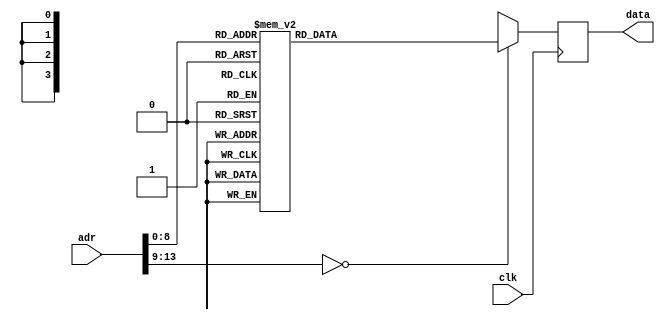
module ukprom(clk, adr, data);
	input clk;
	input [13:0] adr;
	output [3:0] data;
	reg [3:0] data; 
	always @(posedge clk) begin
		case (adr)
								  // cstart:
			10'h000: data = 4'h1; // 	ldi	9
			10'h001: data = 4'h9;
			10'h002: data = 4'h0;
			10'h003: data = 4'h0;
								  // cstart2:
			10'h004: data = 4'he; // 	wait
			10'h005: data = 4'h9; // 	bc	connected
			10'h006: data = 4'ha;
			10'h007: data = 4'h1;
			10'h008: data = 4'h8; // 	bz	cstart
			10'h009: data = 4'h0;
			10'h00a: data = 4'h0;
			10'h00b: data = 4'h1; // 	ldi	200
			10'h00c: data = 4'h8;
			10'h00d: data = 4'hc;
			10'h00e: data = 4'h0;
			10'h00f: data = 4'h0;
								  // w200ms:
			10'h010: data = 4'he; // 	wait
			10'h011: data = 4'hb; // 	djnz	w200ms
			10'h012: data = 4'h4;
			10'h013: data = 4'h0;
			10'h014: data = 4'h4; // 	out0
			10'h015: data = 4'h1; // 	ldi	10
			10'h016: data = 4'ha;
			10'h017: data = 4'h0;
								  // busrstlp:
			10'h018: data = 4'he; // 	wait
			10'h019: data = 4'hb; // 	djnz	busrstlp
			10'h01a: data = 4'h6;
			10'h01b: data = 4'h0;
			10'h01c: data = 4'h5; // 	hiz
			10'h01d: data = 4'h1; // 	ldi	40
			10'h01e: data = 4'h8;
			10'h01f: data = 4'h2;
								  // w40ms:
			10'h020: data = 4'he; // 	wait
			10'h021: data = 4'h3; // 	out4 0x03
			10'h022: data = 4'h3;
			10'h023: data = 4'h0;
			10'h024: data = 4'h5; // 	hiz
			10'h025: data = 4'hb; // 	djnz	w40ms
			10'h026: data = 4'h8;
			10'h027: data = 4'h0;
			10'h028: data = 4'he; // 	wait
			10'h029: data = 4'hf; // 	jmp  setadr1
			10'h02a: data = 4'h4;
			10'h02b: data = 4'h2;
			10'h02c: data = 4'h0;
			10'h02d: data = 4'h5; // 	hiz
			10'h02e: data = 4'hf; // 	jmp  rcvdt
			10'h02f: data = 4'h0;
			10'h030: data = 4'h4;
			10'h031: data = 4'h0;
			10'h032: data = 4'h0;
			10'h033: data = 4'h0;
								  // sendinlp:
			10'h034: data = 4'hf; // 	jmp  in00
			10'h035: data = 4'h5;
			10'h036: data = 4'h4;
			10'h037: data = 4'h0;
			10'h038: data = 4'h5; // 	hiz
			10'h039: data = 4'hf; // 	jmp  rcvdt
			10'h03a: data = 4'h0;
			10'h03b: data = 4'h4;
			10'h03c: data = 4'h0;
			10'h03d: data = 4'ha; // 	bnak	sendinlp
			10'h03e: data = 4'hd;
			10'h03f: data = 4'h0;
			10'h040: data = 4'hf; // 	jmp  sendack
			10'h041: data = 4'h1;
			10'h042: data = 4'h5;
			10'h043: data = 4'h0;
			10'h044: data = 4'h5; // 	hiz
			10'h045: data = 4'he; // 	wait
			10'h046: data = 4'hf; // 	jmp  setconfig1
			10'h047: data = 4'h2;
			10'h048: data = 4'h3;
			10'h049: data = 4'h0;
			10'h04a: data = 4'h5; // 	hiz
			10'h04b: data = 4'hf; // 	jmp  rcvdt
			10'h04c: data = 4'h0;
			10'h04d: data = 4'h4;
			10'h04e: data = 4'h0;
			10'h04f: data = 4'h0;
								  // in10lp:
			10'h050: data = 4'hf; // 	jmp  in10
			10'h051: data = 4'h9;
			10'h052: data = 4'h4;
			10'h053: data = 4'h0;
			10'h054: data = 4'h5; // 	hiz
			10'h055: data = 4'hf; // 	jmp  	rcvdt
			10'h056: data = 4'h0;
			10'h057: data = 4'h4;
			10'h058: data = 4'h0;
			10'h059: data = 4'ha; // 	bnak	in10lp
			10'h05a: data = 4'h4;
			10'h05b: data = 4'h1;
			10'h05c: data = 4'hf; // 	jmp sendack
			10'h05d: data = 4'h1;
			10'h05e: data = 4'h5;
			10'h05f: data = 4'h0;
			10'h060: data = 4'h5; // 	hiz
			10'h061: data = 4'hc; // 	toggle
			10'h062: data = 4'hf; // 	jmp  cstart
			10'h063: data = 4'h0;
			10'h064: data = 4'h0;
			10'h065: data = 4'h0;
			10'h066: data = 4'h0;
			10'h067: data = 4'h0;
								  // connected:
			10'h068: data = 4'h8; // 	bz	connerr
			10'h069: data = 4'h2;
			10'h06a: data = 4'h2;
			10'h06b: data = 4'h3; // 	out4 0x03
			10'h06c: data = 4'h3;
			10'h06d: data = 4'h0;
			10'h06e: data = 4'h5; // 	hiz
			10'h06f: data = 4'hb; // 	djnz	cstart2
			10'h070: data = 4'h1;
			10'h071: data = 4'h0;
			10'h072: data = 4'he; // 	wait
			10'h073: data = 4'hf; // 	jmp  in11
			10'h074: data = 4'hd;
			10'h075: data = 4'h4;
			10'h076: data = 4'h0;
			10'h077: data = 4'h5; // 	hiz
			10'h078: data = 4'hf; // 	jmp  rcvdt
			10'h079: data = 4'h0;
			10'h07a: data = 4'h4;
			10'h07b: data = 4'h0;
			10'h07c: data = 4'ha; // 	bnak	cstart
			10'h07d: data = 4'h0;
			10'h07e: data = 4'h0;
			10'h07f: data = 4'hf; // 	jmp  sendack
			10'h080: data = 4'h1;
			10'h081: data = 4'h5;
			10'h082: data = 4'h0;
			10'h083: data = 4'h5; // 	hiz
			10'h084: data = 4'hf; // 	jmp  cstart
			10'h085: data = 4'h0;
			10'h086: data = 4'h0;
			10'h087: data = 4'h0;
								  // connerr:
			10'h088: data = 4'hc; // 	toggle
			10'h089: data = 4'hf; // 	jmp  cstart
			10'h08a: data = 4'h0;
			10'h08b: data = 4'h0;
			10'h08c: data = 4'h0;
			10'h08d: data = 4'h0;
			10'h08e: data = 4'h0;
			10'h08f: data = 4'h0;
								  // setadr1:
			10'h090: data = 4'h6; // 	outb 0x80
			10'h091: data = 4'h0;
			10'h092: data = 4'h8;
			10'h093: data = 4'h6; // 	outb 0x2d
			10'h094: data = 4'hd;
			10'h095: data = 4'h2;
			10'h096: data = 4'h6; // 	outb 0x00
			10'h097: data = 4'h0;
			10'h098: data = 4'h0;
			10'h099: data = 4'h6; // 	outb 0x10
			10'h09a: data = 4'h0;
			10'h09b: data = 4'h1;
			10'h09c: data = 4'h3; // 	out4 0x03
			10'h09d: data = 4'h3;
			10'h09e: data = 4'h0;
			10'h09f: data = 4'h6; // 	outb 0x80
			10'h0a0: data = 4'h0;
			10'h0a1: data = 4'h8;
			10'h0a2: data = 4'h6; // 	outb 0xc3
			10'h0a3: data = 4'h3;
			10'h0a4: data = 4'hc;
			10'h0a5: data = 4'h6; // 	outb 0x00
			10'h0a6: data = 4'h0;
			10'h0a7: data = 4'h0;
			10'h0a8: data = 4'h6; // 	outb 0x05
			10'h0a9: data = 4'h5;
			10'h0aa: data = 4'h0;
			10'h0ab: data = 4'h6; // 	outb 0x01
			10'h0ac: data = 4'h1;
			10'h0ad: data = 4'h0;
			10'h0ae: data = 4'h6; // 	outb 0x00
			10'h0af: data = 4'h0;
			10'h0b0: data = 4'h0;
			10'h0b1: data = 4'h6; // 	outb 0x00
			10'h0b2: data = 4'h0;
			10'h0b3: data = 4'h0;
			10'h0b4: data = 4'h6; // 	outb 0x00
			10'h0b5: data = 4'h0;
			10'h0b6: data = 4'h0;
			10'h0b7: data = 4'h6; // 	outb 0x00
			10'h0b8: data = 4'h0;
			10'h0b9: data = 4'h0;
			10'h0ba: data = 4'h6; // 	outb 0x00
			10'h0bb: data = 4'h0;
			10'h0bc: data = 4'h0;
			10'h0bd: data = 4'h6; // 	outb 0xeb
			10'h0be: data = 4'hb;
			10'h0bf: data = 4'he;
			10'h0c0: data = 4'h6; // 	outb 0x25
			10'h0c1: data = 4'h5;
			10'h0c2: data = 4'h2;
			10'h0c3: data = 4'h3; // 	out4 0x03
			10'h0c4: data = 4'h3;
			10'h0c5: data = 4'h0;
			10'h0c6: data = 4'h7; // 	ret
			10'h0c7: data = 4'h0;
								  // setconfig1:
			10'h0c8: data = 4'h6; // 	outb 0x80
			10'h0c9: data = 4'h0;
			10'h0ca: data = 4'h8;
			10'h0cb: data = 4'h6; // 	outb 0x2d
			10'h0cc: data = 4'hd;
			10'h0cd: data = 4'h2;
			10'h0ce: data = 4'h6; // 	outb 0x01
			10'h0cf: data = 4'h1;
			10'h0d0: data = 4'h0;
			10'h0d1: data = 4'h6; // 	outb 0xe8
			10'h0d2: data = 4'h8;
			10'h0d3: data = 4'he;
			10'h0d4: data = 4'h3; // 	out4 0x03
			10'h0d5: data = 4'h3;
			10'h0d6: data = 4'h0;
			10'h0d7: data = 4'h6; // 	outb 0x80
			10'h0d8: data = 4'h0;
			10'h0d9: data = 4'h8;
			10'h0da: data = 4'h6; // 	outb 0xc3
			10'h0db: data = 4'h3;
			10'h0dc: data = 4'hc;
			10'h0dd: data = 4'h6; // 	outb 0x00
			10'h0de: data = 4'h0;
			10'h0df: data = 4'h0;
			10'h0e0: data = 4'h6; // 	outb 0x09
			10'h0e1: data = 4'h9;
			10'h0e2: data = 4'h0;
			10'h0e3: data = 4'h6; // 	outb 0x01
			10'h0e4: data = 4'h1;
			10'h0e5: data = 4'h0;
			10'h0e6: data = 4'h6; // 	outb 0x00
			10'h0e7: data = 4'h0;
			10'h0e8: data = 4'h0;
			10'h0e9: data = 4'h6; // 	outb 0x00
			10'h0ea: data = 4'h0;
			10'h0eb: data = 4'h0;
			10'h0ec: data = 4'h6; // 	outb 0x00
			10'h0ed: data = 4'h0;
			10'h0ee: data = 4'h0;
			10'h0ef: data = 4'h6; // 	outb 0x00
			10'h0f0: data = 4'h0;
			10'h0f1: data = 4'h0;
			10'h0f2: data = 4'h6; // 	outb 0x00
			10'h0f3: data = 4'h0;
			10'h0f4: data = 4'h0;
			10'h0f5: data = 4'h6; // 	outb 0x27
			10'h0f6: data = 4'h7;
			10'h0f7: data = 4'h2;
			10'h0f8: data = 4'h6; // 	outb 0x25
			10'h0f9: data = 4'h5;
			10'h0fa: data = 4'h2;
			10'h0fb: data = 4'h3; // 	out4 0x03
			10'h0fc: data = 4'h3;
			10'h0fd: data = 4'h0;
			10'h0fe: data = 4'h7; // 	ret
			10'h0ff: data = 4'h0;
								  // rcvdt:
			10'h100: data = 4'h1; // 	ldi	104
			10'h101: data = 4'h8;
			10'h102: data = 4'h6;
			10'h103: data = 4'h2; // 	start
			10'h104: data = 4'hd; // 	in
			10'h105: data = 4'h0;
			10'h106: data = 4'h0;
			10'h107: data = 4'h0;
								  // rcvdt2:
			10'h108: data = 4'h1; // 	ldi	2
			10'h109: data = 4'h2;
			10'h10a: data = 4'h0;
			10'h10b: data = 4'h0;
								  // rcvdt3:
			10'h10c: data = 4'h8; // 	bz		rcvdt2
			10'h10d: data = 4'h2;
			10'h10e: data = 4'h4;
			10'h10f: data = 4'hb; // 	djnz	rcvdt3
			10'h110: data = 4'h3;
			10'h111: data = 4'h4;
			10'h112: data = 4'h7; // 	ret
			10'h113: data = 4'h0;
								  // in00:
			10'h114: data = 4'h6; // 	outb 0x80
			10'h115: data = 4'h0;
			10'h116: data = 4'h8;
			10'h117: data = 4'h6; // 	outb 0x69
			10'h118: data = 4'h9;
			10'h119: data = 4'h6;
			10'h11a: data = 4'h6; // 	outb 0x00
			10'h11b: data = 4'h0;
			10'h11c: data = 4'h0;
			10'h11d: data = 4'h6; // 	outb 0x10
			10'h11e: data = 4'h0;
			10'h11f: data = 4'h1;
			10'h120: data = 4'h3; // 	out4 0x03
			10'h121: data = 4'h3;
			10'h122: data = 4'h0;
			10'h123: data = 4'h7; // 	ret
								  // in10:
			10'h124: data = 4'h6; // 	outb 0x80
			10'h125: data = 4'h0;
			10'h126: data = 4'h8;
			10'h127: data = 4'h6; // 	outb 0x69
			10'h128: data = 4'h9;
			10'h129: data = 4'h6;
			10'h12a: data = 4'h6; // 	outb 0x01
			10'h12b: data = 4'h1;
			10'h12c: data = 4'h0;
			10'h12d: data = 4'h6; // 	outb 0xe8
			10'h12e: data = 4'h8;
			10'h12f: data = 4'he;
			10'h130: data = 4'h3; // 	out4 0x03
			10'h131: data = 4'h3;
			10'h132: data = 4'h0;
			10'h133: data = 4'h7; // 	ret
								  // in11:
			10'h134: data = 4'h6; // 	outb 0x80
			10'h135: data = 4'h0;
			10'h136: data = 4'h8;
			10'h137: data = 4'h6; // 	outb 0x69
			10'h138: data = 4'h9;
			10'h139: data = 4'h6;
			10'h13a: data = 4'h6; // 	outb 0x81
			10'h13b: data = 4'h1;
			10'h13c: data = 4'h8;
			10'h13d: data = 4'h6; // 	outb 0x58
			10'h13e: data = 4'h8;
			10'h13f: data = 4'h5;
			10'h140: data = 4'h3; // 	out4 0x03
			10'h141: data = 4'h3;
			10'h142: data = 4'h0;
			10'h143: data = 4'h7; // 	ret
								  // sendack:
			10'h144: data = 4'h6; // 	outb 0x80
			10'h145: data = 4'h0;
			10'h146: data = 4'h8;
			10'h147: data = 4'h6; // 	outb 0xd2
			10'h148: data = 4'h2;
			10'h149: data = 4'hd;
			10'h14a: data = 4'h3; // 	out4 0x03
			10'h14b: data = 4'h3;
			10'h14c: data = 4'h0;
			10'h14d: data = 4'h7; // 	ret
			10'h14e: data = 4'h0;
			10'h14f: data = 4'h0;
								  // prgend:
			default: data = 4'hX;
		endcase
	end
endmodule